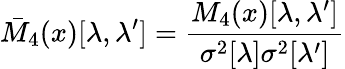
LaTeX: \bar{M}_{4}(x)[\lambda,\lambda^{\prime}]=\frac{M_{4}(x)[\lambda,\lambda^{\prime}]}{\sigma^{2}[\lambda]\sigma^{2}[\lambda^{\prime}]}